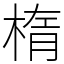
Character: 楕